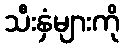
သီးနှံများကို